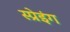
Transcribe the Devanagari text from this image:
स्प्रेइंग